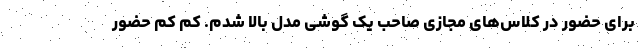
برای حضور در کلاس‌های مجازی صاحب یک گوشی مدل بالا شدم. کم کم حضور